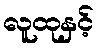
လူထုနှင့်